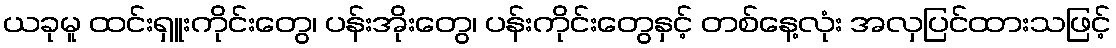
ယခုမူ ထင်းရှူးကိုင်းတွေ၊ ပန်းအိုးတွေ၊ ပန်းကိုင်းတွေနှင့် တစ်နေ့လုံး အလှပြင်ထားသဖြင့်